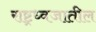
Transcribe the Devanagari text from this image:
राष्ट्रध्वजातील